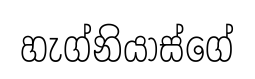
හැග්නියාස්ගේ